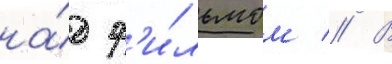
на́д ф'и́льмом // В